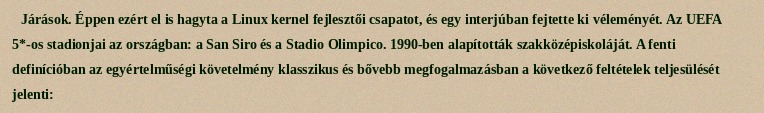
Járások. Éppen ezért el is hagyta a Linux kernel fejlesztői csapatot, és egy interjúban fejtette ki véleményét. Az UEFA 5*-os stadionjai az országban: a San Siro és a Stadio Olimpico. 1990-ben alapították szakközépiskoláját. A fenti definícióban az egyértelműségi követelmény klasszikus és bővebb megfogalmazásban a következő feltételek teljesülését jelenti: